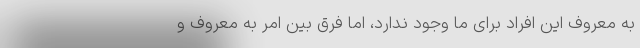
به معروف این افراد برای ما وجود ندارد، اما فرق بین امر به معروف و